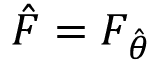
{ \hat { F } } = F _ { \hat { \theta } }